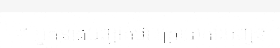
។ អ្នកនាងបញ្ជាក់ថា ក្រោយការបញ្ជូន